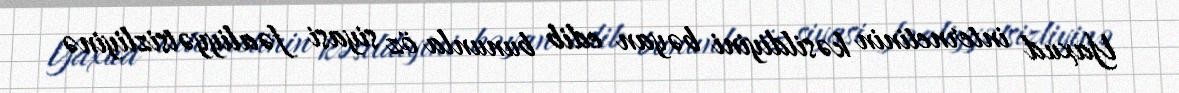
Yaxud internetinin kəsildiyini bəyan edib bununla öz siyasi fəaliyyətsizliyinə